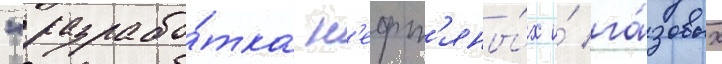
"разрабо́тка н'ефт'яны́х и́ га́зовых